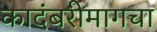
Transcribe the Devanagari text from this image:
कादंबरीमागचा